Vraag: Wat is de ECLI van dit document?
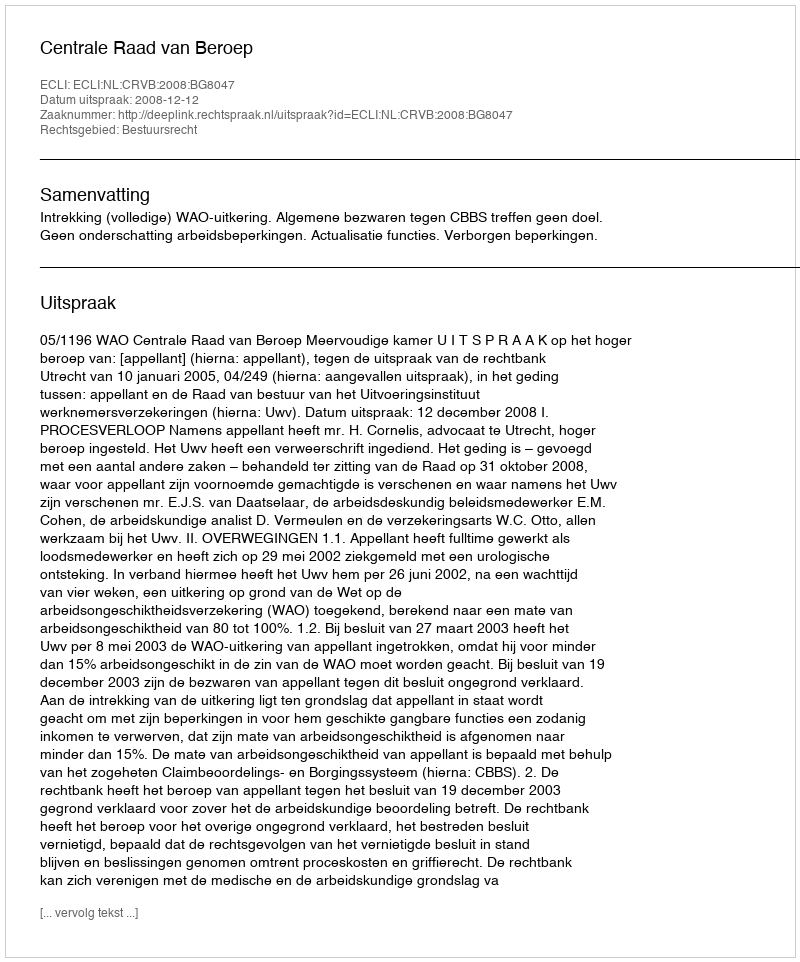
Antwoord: ECLI:NL:CRVB:2008:BG8047